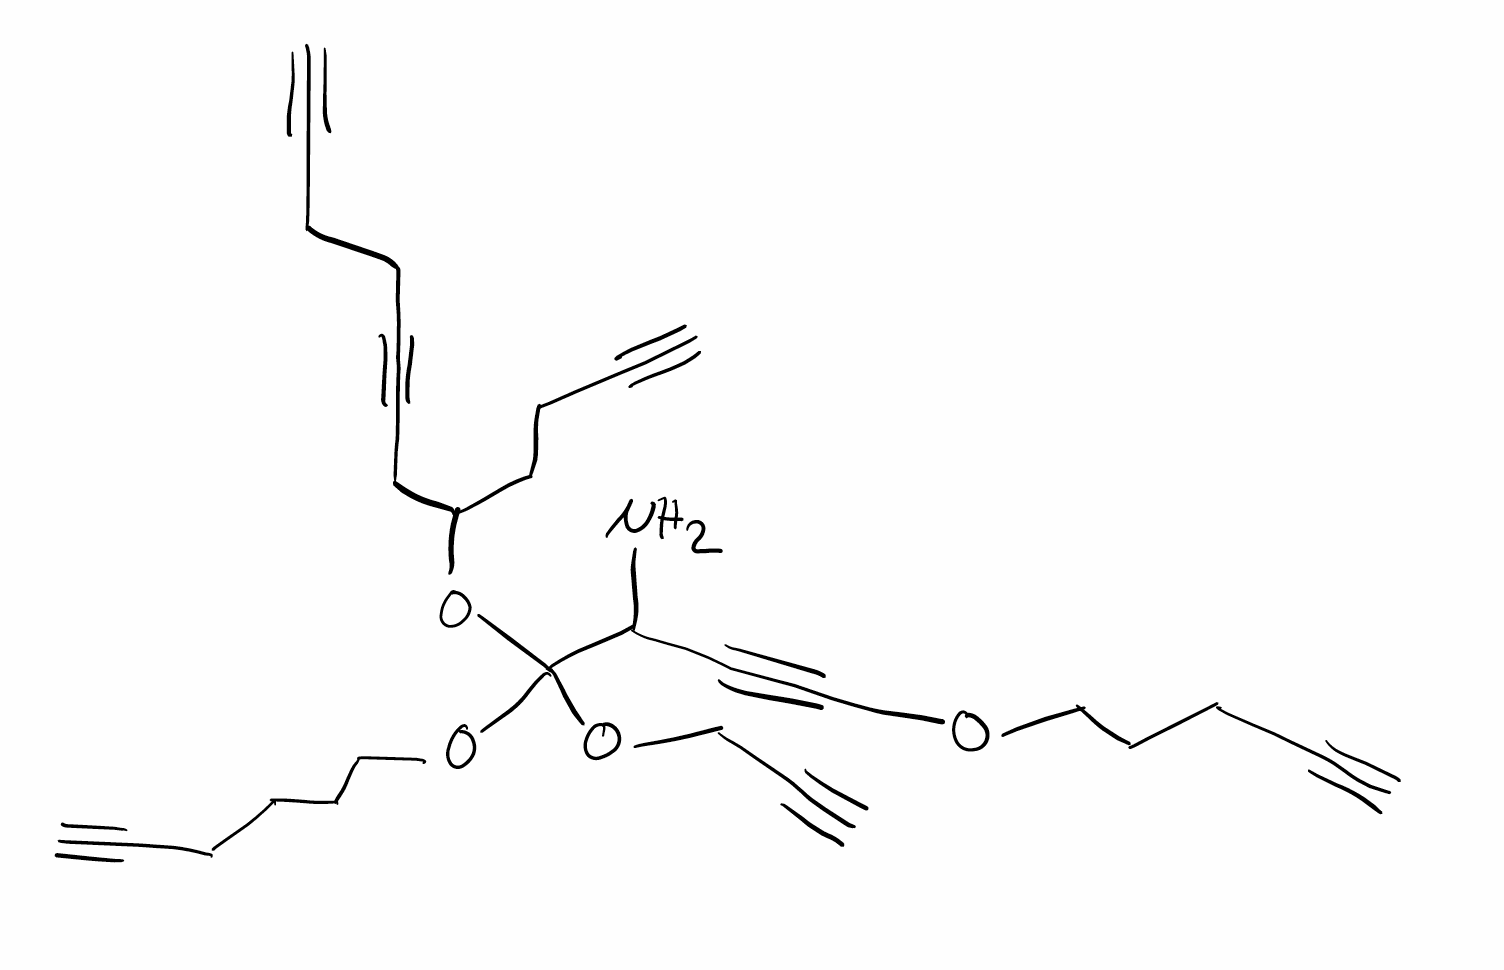
Simplified molecular-input line-entry system (SMILES) notation of the given molecule:
C#CCCCCOC(C(C#COCCCC#C)N)(OCC#C)OC(CCC#C)CC#CCCC#C